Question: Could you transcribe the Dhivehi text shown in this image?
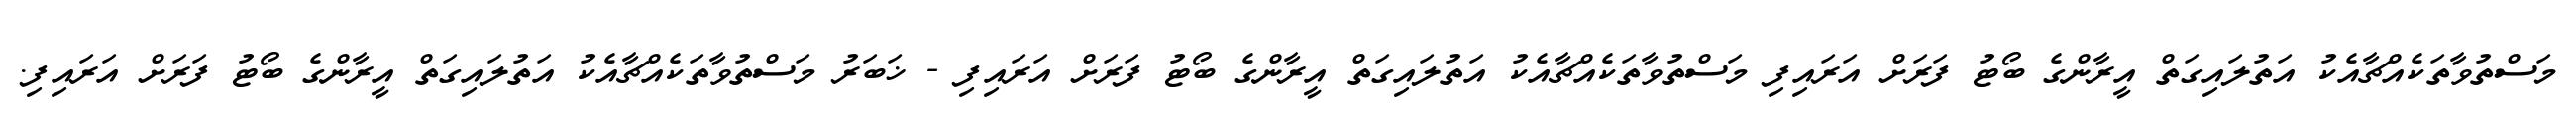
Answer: މަސްތުވާތަކެއްޗާއެކު އަތުލައިގަތް އީރާންގެ ބޯޓު ފަރަށް އަރައިފި މަސްތުވާތަކެއްޗާއެކު އަތުލައިގަތް އީރާންގެ ބޯޓު ފަރަށް އަރައިފި - ޚަބަރު މަސްތުވާތަކެއްޗާއެކު އަތުލައިގަތް އީރާންގެ ބޯޓު ފަރަށް އަރައިފި.